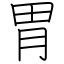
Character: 胃